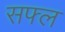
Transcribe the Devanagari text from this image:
सफ्ल